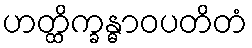
ဟတ္ထိက္ခန္ဓာဝပတိတံ